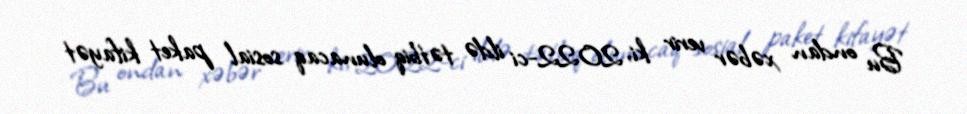
Bu ondan xəbər verir ki, 2022-ci ildə tətbiq olunacaq sosial paket kifayət